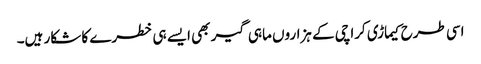
اسی طرح کیماڑی کراچی کے ہزاروں ماہی گیر بھی ایسے ہی خطرے کا شکار ہیں۔